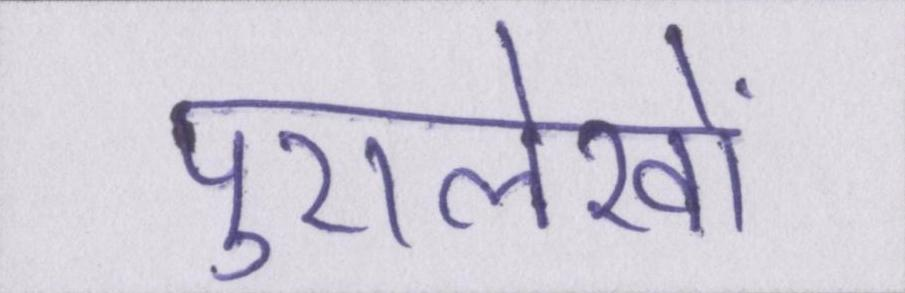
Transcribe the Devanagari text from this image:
पुरालेखों